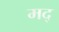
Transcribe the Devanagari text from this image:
मद्